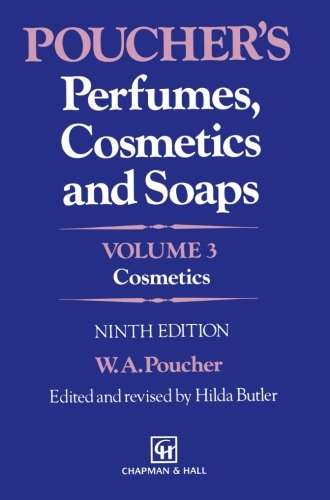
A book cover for Poucher's Perfumes, Cosmetics and Soaps: Volume 3: Cosmetics; W.A. Poucher; Science & Math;